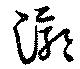
漷